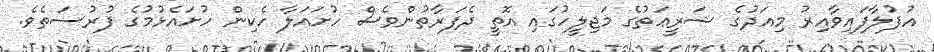
އުފުލާފައިވާއިރު މިއަދުގެ ޝަރީޢަތުގެ މަޖިލީހުގައި އޮތީ ދެފަރާތުންވެސް ހުށައަލާ ހެކިން ހުށައެޅުމުގެ ފުރުސަތެވެ.